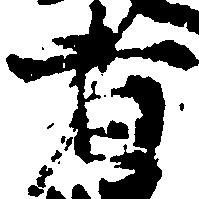
者